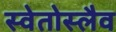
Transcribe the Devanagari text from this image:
स्वेतोस्लैव